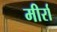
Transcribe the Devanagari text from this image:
मीर्रा